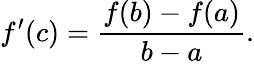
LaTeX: f^{\prime}(c)=\frac{f(b)-f(a)}{b-a}.